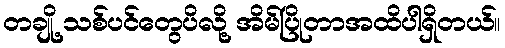
တချို့ သစ်ပင်တွေပိလို့ အိမ်ပြိုတာအထိပါရှိတယ်။